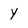
Character: y